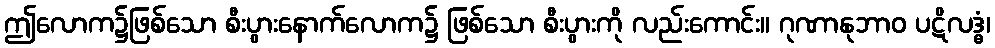
ဤလောက၌ဖြစ်သော စီးပွားနောက်လောက၌ ဖြစ်သော စီးပွားကို လည်းကောင်း။ ဂုဏာနုဘာဝ ပဋိလဒ္ဓံ၊